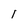
Character: 1